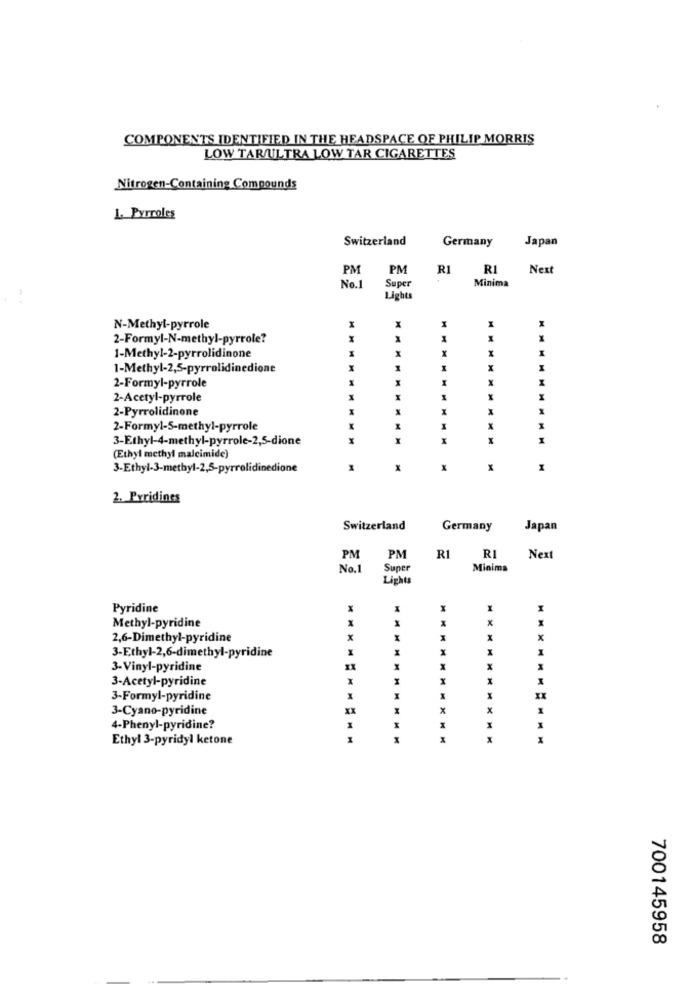
COMPONENTS IDENTIFIED IN THE HEADSPACE OF PHILIP MORRIS
LOW TARAULTRA LOW TAR CIGARETTES
Nitrogen-Containing Compounds
L. Pyrroles
Switzerland
Germany
Japan
PM
PM
RI
RI
Next
Super
Minima
No.1
..
Lights
N-Methyl-pyrrole
2-Formyl-N-methyl-pyrrole?
1-Methyl-2-pyrrolidinone
1-Methyl-2,5-pyrrolidinedione
x
2-Formyl-pyrrole
2-Acetyl-pyrrole
2-Pyrrolidinone
2-Formyl-5-methyl-pyrrole
%
3-Ethyl-4-methyl-pyrrole-2,5-dione
MMMMMMMMM
x
(Ethyl methyl malcimide)
3-Ethyl-3-methyl-2,5-pyrrolidinedione
X
x
x
2. Pyridines
Switzerland
Germany
Japan
PM
PM
R1
RI
Next
No.1
Super
Minima
Lights
Pyridine
x
x
Methyl-pyridine
2,6-Dimethyl-pyridine
x
x
3-Ethyl-2,6-dimethyl-pyridine
3-Vinyl-pyridine
x
3-Acetyl-pyridine
X
X
3-Formyl-pyridine
3-Cyano-pyridine
XX
x
x
4-Phenyl-pyridine?
1
1
Ethyl 3-pyridyl ketone
700145958